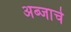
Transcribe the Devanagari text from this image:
अब्जाचे